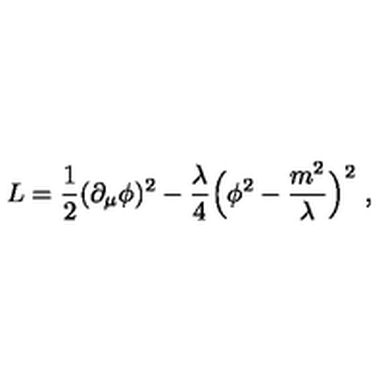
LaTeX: L = { \frac { 1 } { 2 } } ( \partial _ { \mu } \phi ) ^ { 2 } - { \frac { \lambda } { 4 } } \Bigl ( \phi ^ { 2 } - { \frac { m ^ { 2 } } { \lambda } } \Bigr ) ^ { 2 } \ ,